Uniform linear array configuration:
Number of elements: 48
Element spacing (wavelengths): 0.5
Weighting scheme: exponential
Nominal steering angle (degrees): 0
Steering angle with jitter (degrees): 0.723
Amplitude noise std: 0.05
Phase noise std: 0.05

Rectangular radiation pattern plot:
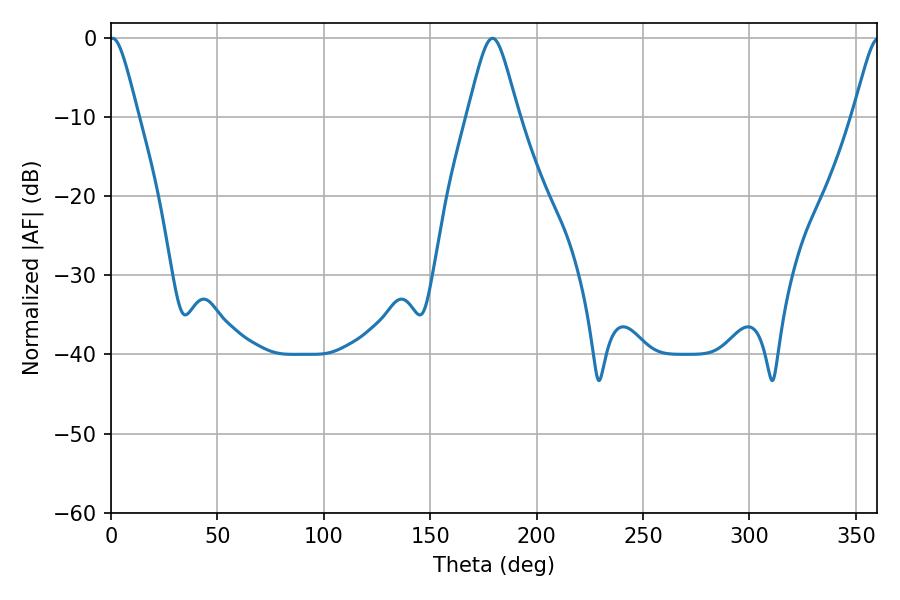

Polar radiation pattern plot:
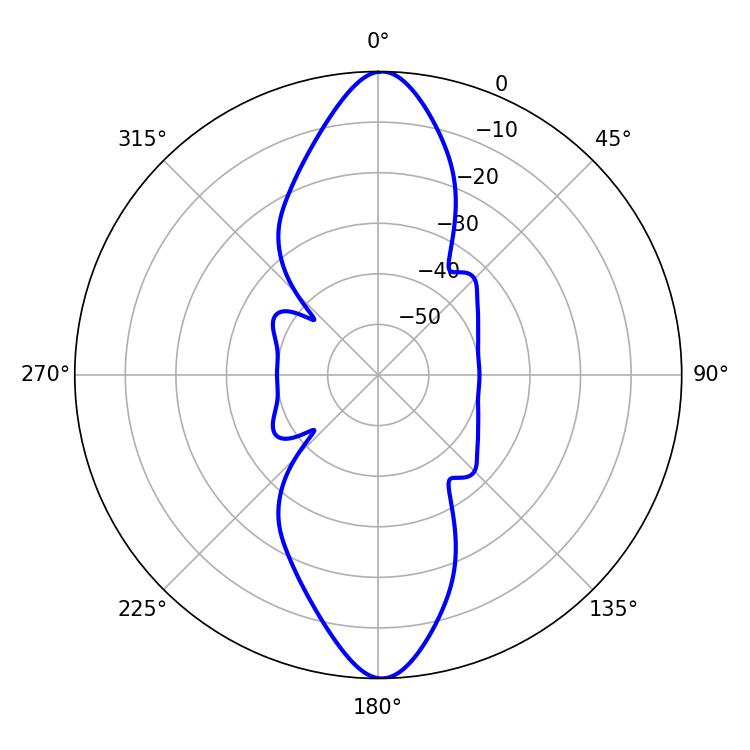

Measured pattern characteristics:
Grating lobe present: FALSE
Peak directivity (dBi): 28.591
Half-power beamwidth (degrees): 6.48
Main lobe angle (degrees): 0.72